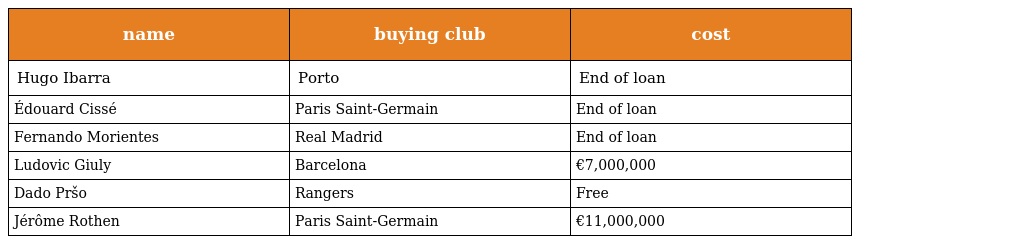
| name | buying club | cost |
 | --- | --- | --- |
 | Hugo Ibarra | Porto | End of loan |
 | Édouard Cissé | Paris Saint-Germain | End of loan |
 | Fernando Morientes | Real Madrid | End of loan |
 | Ludovic Giuly | Barcelona | €7,000,000 |
 | Dado Pršo | Rangers | Free |
 | Jérôme Rothen | Paris Saint-Germain | €11,000,000 |